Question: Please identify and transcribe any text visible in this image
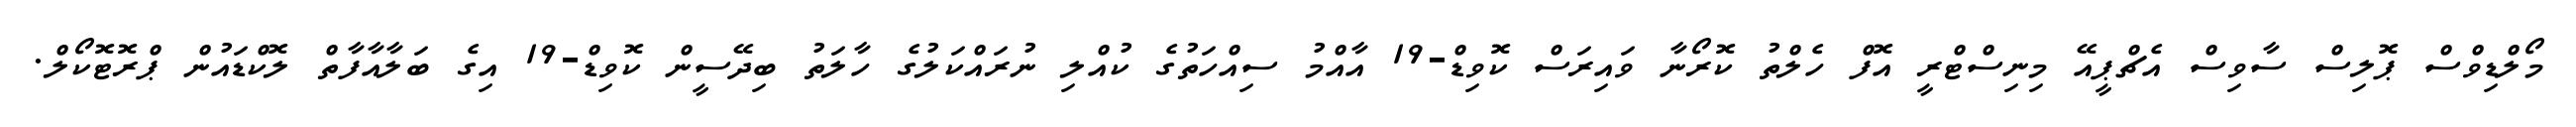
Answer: މޯލްޑިވްސް ޕޮލިސް ސާވިސް އެޗްޕީއޭ މިނިސްޓްރީ އޮފް ހެލްތު ކޮރޯނާ ވައިރަސް ކޮވިޑް-19 އާއްމު ސިއްހަތުގެ ކުއްލި ނުރައްކަލުގެ ހާލަތު ބިދޭސީން ކޮވިޑް-19 އިގެ ބަލާއާފާތް ލޮކްޑައުން ޕްރޮޓޮކޯލް.